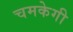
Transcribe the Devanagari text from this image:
चमकेगी